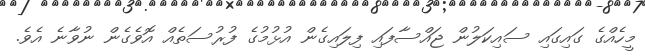
މީހެއްގެ ގައިގައި ސައިކަލުން ޖައްސާފައި ފިލައިގެން އުޅުމުގެ ފުރުސަތެއް އޮވެގެން ނުވާނެ އެވެ.